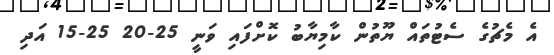
އެ މެޗުގެ ސެޓުތައް ޔޫތުން ކާމިޔާބު ކޮށްފައި ވަނީ 25-20 25-15 އަދި